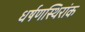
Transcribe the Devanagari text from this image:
धर्षणस्थिरांक